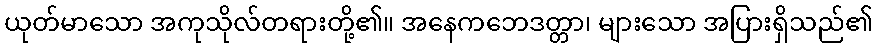
ယုတ်မာသော အကုသိုလ်တရားတို့၏။ အနေကဘေဒတ္တာ၊ များသော အပြားရှိသည်၏